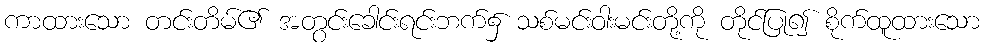
ကာထားသော တင်းတိမ်၏ အတွင်းခေါင်းရင်းဘက်၌ သစ်မင်းဝါးမင်းတို့ကို တိုင်ပြု၍ စိုက်ထူထားသော